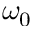
\omega _ { 0 }